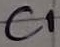
Text: C1